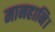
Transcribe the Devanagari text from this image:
मानहानि।